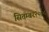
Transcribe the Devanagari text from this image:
सितम्बर२००८